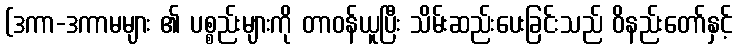
(ဒကာ-ဒကာမများ ၏ ပစ္စည်းများကို တာဝန်ယူပြီး သိမ်းဆည်းပေးခြင်းသည် ဝိနည်းတော်နှင့်